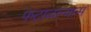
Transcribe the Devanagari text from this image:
फेटाळल्यास